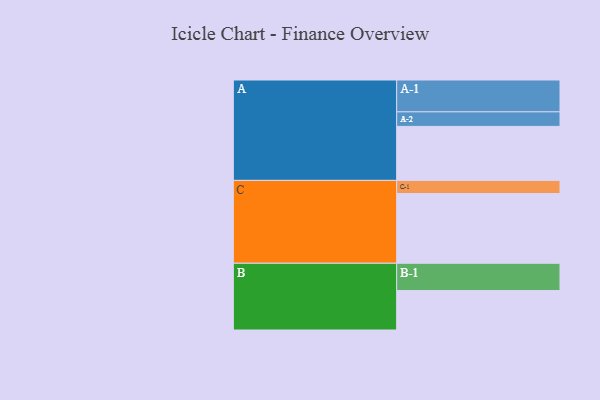
{"axis": {"x": "Segment", "y": "Value"}, "legend": ["", "A", "B", "C"], "data": [{"x": "A", "y": 441, "type": ""}, {"x": "B", "y": 322, "type": ""}, {"x": "C", "y": 570, "type": ""}, {"x": "A-1", "y": 260, "type": "A"}, {"x": "A-2", "y": 119, "type": "A"}, {"x": "B-1", "y": 223, "type": "B"}, {"x": "C-1", "y": 107, "type": "C"}]}